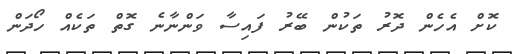
ކޮށް އެހެން ދޮރު ތަކުން ބޭރު ފައިސާ ވަންނާނެ ގޮތް ތަކެއް ހޯދަން